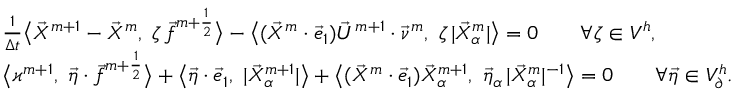
\begin{array} { r l } & { \frac { 1 } { \Delta t } \big < \vec { X } ^ { m + 1 } - \vec { X } ^ { m } , ~ \zeta \, \vec { f } ^ { m + \frac { 1 } { 2 } } \big > - \big < ( \vec { X } ^ { m } \cdot \vec { e } _ { 1 } ) \vec { U } ^ { m + 1 } \cdot \vec { \nu } ^ { m } , ~ \zeta \, | \vec { X } _ { \alpha } ^ { m } | \big > = 0 \qquad \forall \zeta \in V ^ { h } , } \\ & { \big < \varkappa ^ { m + 1 } , ~ \vec { \eta } \cdot \vec { f } ^ { m + \frac { 1 } { 2 } } \big > + \big < \vec { \eta } \cdot \vec { e } _ { 1 } , ~ | \vec { X } _ { \alpha } ^ { m + 1 } | \big > + \big < ( \vec { X } ^ { m } \cdot \vec { e } _ { 1 } ) \vec { X } _ { \alpha } ^ { m + 1 } , ~ \vec { \eta } _ { \alpha } \, | \vec { X } _ { \alpha } ^ { m } | ^ { - 1 } \big > = 0 \qquad \forall \vec { \eta } \in V _ { \partial } ^ { h } . } \end{array}